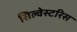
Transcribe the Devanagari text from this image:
सिल्वेस्टरिस